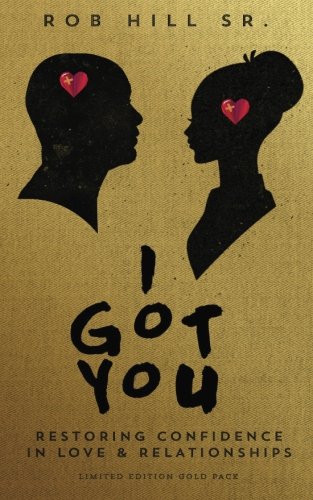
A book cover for I Got You: Restoring Confidence in Love and Relationships; Rob Hill Sr.; Self-Help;